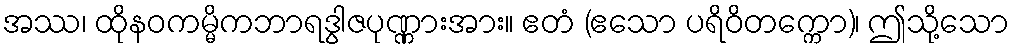
အဿ၊ ထိုနဝကမ္မိကဘာရဒွါဇပုဏ္ဏားအား။ ဧတံ (ဧသော ပရိဝိတက္ကော)၊ ဤသို့သော